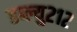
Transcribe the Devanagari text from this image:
डब्ल्यु२१२